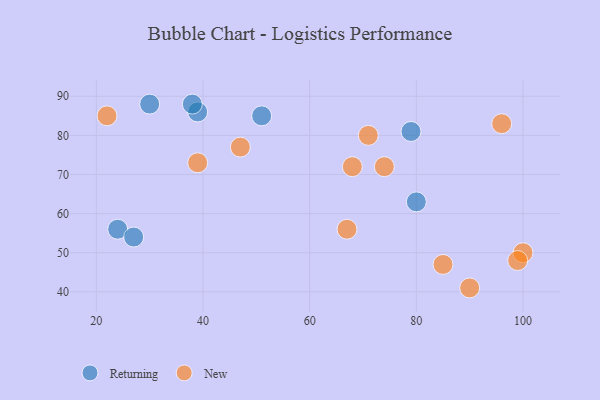
{"axis": {"x": "GDP", "y": "Life Expectancy"}, "legend": ["New", "Returning"], "data": [{"x": "30", "y": 88, "type": "Returning"}, {"x": "51", "y": 85, "type": "Returning"}, {"x": "79", "y": 81, "type": "Returning"}, {"x": "80", "y": 63, "type": "Returning"}, {"x": "39", "y": 86, "type": "Returning"}, {"x": "24", "y": 56, "type": "Returning"}, {"x": "38", "y": 88, "type": "Returning"}, {"x": "27", "y": 54, "type": "Returning"}, {"x": "85", "y": 47, "type": "New"}, {"x": "100", "y": 50, "type": "New"}, {"x": "74", "y": 72, "type": "New"}, {"x": "22", "y": 85, "type": "New"}, {"x": "47", "y": 77, "type": "New"}, {"x": "96", "y": 83, "type": "New"}, {"x": "71", "y": 80, "type": "New"}, {"x": "90", "y": 41, "type": "New"}, {"x": "39", "y": 73, "type": "New"}, {"x": "67", "y": 56, "type": "New"}, {"x": "99", "y": 48, "type": "New"}, {"x": "68", "y": 72, "type": "New"}]}